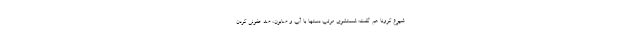
شیوع کرونا هم گفت: شستشوی مرتب دستها با آب و صابون، ضد عفونی کردن